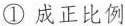
①成正比例